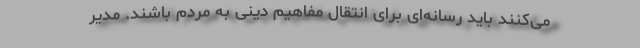
می‌کنند باید رسانه‌ای برای انتقال مفاهیم دینی به مردم باشند. مدیر